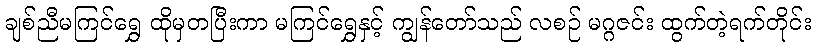
ချစ်ညီမကြင်ရွှေ ထိုမှတပြီးကာ မကြင်ရွှေနှင့် ကျွန်တော်သည် လစဉ် မဂ္ဂဇင်း ထွက်တဲ့ရက်တိုင်း